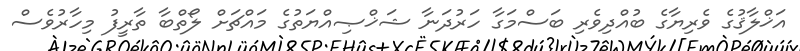
އަޚްލާޤުގެ ވެރިޔާގެ ބުއްދިވެރި ބަސްމަގާ ހަރުދަނާ ޝަޚްޞިއްޔަތުގެ މައްޗަށް ލޯތްބާ ތާރީފު މިހާރުވެސް